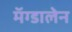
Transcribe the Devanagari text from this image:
मॅग्डालेन